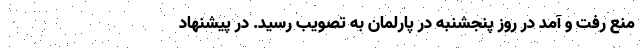
منع رفت و آمد در روز پنجشنبه در پارلمان به تصویب رسید. در پیشنهاد